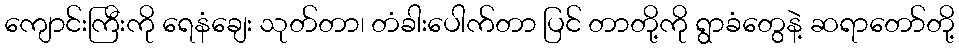
ကျောင်းကြီးကို ရေနံချေး သုတ်တာ၊ တံခါးပေါက်တာ ပြင် တာတို့ကို ရွာခံတွေနဲ့ ဆရာတော်တို့